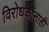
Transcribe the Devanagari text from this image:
विरोधकांनाही